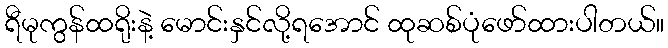
ရီမုကွန်ထရိုးနဲ့ မောင်းနှင်လို့ရအောင် ထုဆစ်ပုံဖော်ထားပါတယ်။